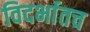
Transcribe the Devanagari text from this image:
विदर्भातच